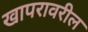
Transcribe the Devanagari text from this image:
खापरावरील